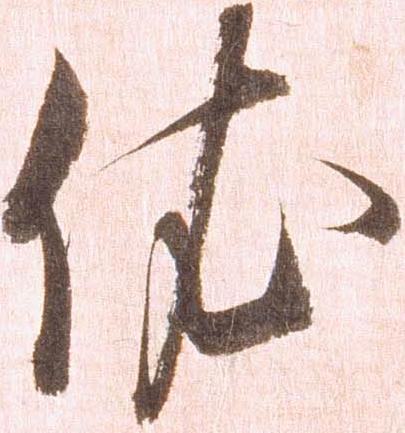
依